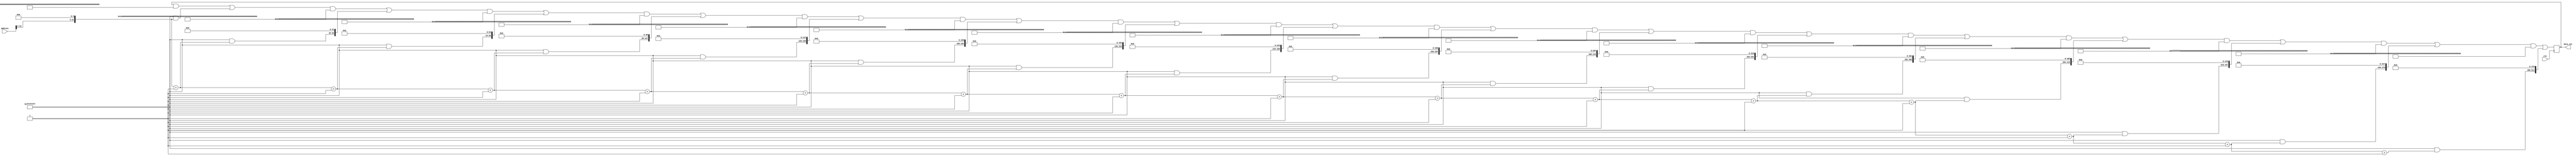
// In our main memory, data at address location 'x' which is 32-bits, is 'x' of initial word in block
module main_mem (clk,address,data_out);
    input [31:0] address;
    input clk;

    output [511:0] data_out;

    reg [511:0] data_out;
    reg [31:0] initialAddress;
    integer i;
    integer p;
    integer q;


    always@(posedge clk)
    begin
        initialAddress = {address[31:4],{4'b0000}}; 
        q=31;
        for(i=0;i<16;i=i+1) begin 
            data_out[q-:32] = initialAddress;         // all the 16 words data = address of initial word in block
            // $display("%b\n",data_out[q-:32]);
            q = q+32;        
            initialAddress = initialAddress+1;
            
        end
        // $display("\n");
    end
endmodule